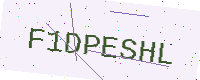
Text: F1DPESHL